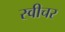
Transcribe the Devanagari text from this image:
स्वीचर